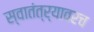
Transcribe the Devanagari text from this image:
स्वातंत्र्यावरच